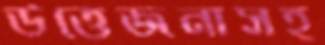
উত্তেজনাসহ